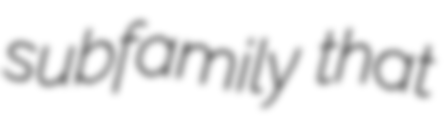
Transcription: subfamily that